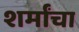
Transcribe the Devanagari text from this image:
शर्मांचा